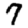
Digit: 7